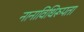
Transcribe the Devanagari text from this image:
नानाविधिरूपता